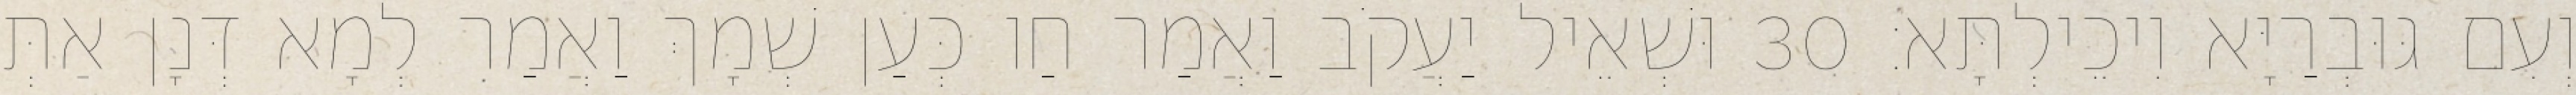
וְעִם גּוּבְרַיָּא וִיכֵילְתָּא׃ 30 וּשְׁאֵיל יַעֲקֹב וַאֲמַר חַו כְּעַן שְׁמָךְ וַאֲמַר לְמָא דְּנָן אַתְּ